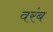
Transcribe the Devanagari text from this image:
वरंब